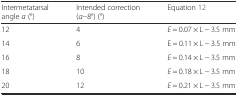
<table><thead><tr><td><b>Intermetatarsal angle <i>α</i> (°)</b></td><td><b>Intended correction (<i>α−</i>8°) (°)</b></td><td><b>Equation 12</b></td></tr></thead><tbody><tr><td>12</td><td>4</td><td><i>E</i> = 0.07 × L − 3.5 mm</td></tr><tr><td>14</td><td>6</td><td>E = 0.11 × L − 3.5 mm</td></tr><tr><td>16</td><td>8</td><td><i>E</i> = 0.14 × L − 3.5 mm</td></tr><tr><td>18</td><td>10</td><td><i>E</i> = 0.18 × L − 3.5 mm</td></tr><tr><td>20</td><td>12</td><td><i>E</i> = 0.21 × L − 3.5 mm</td></tr></tbody></table>